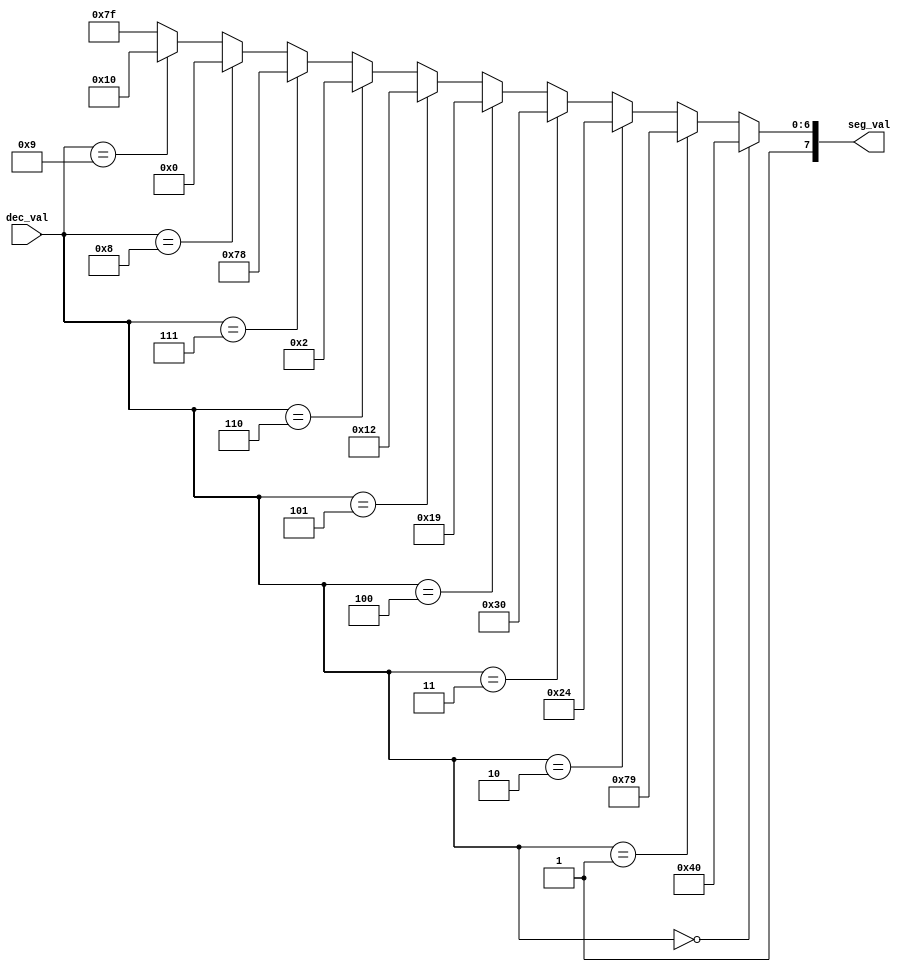
`timescale 1ns / 1ps
//////////////////////////////////////////////////////////////////////////////////
// Company: 
// Engineer: 
// 
// Design Name: 
// Module Name: convert_to_seg
// Project Name: 
// Target Devices: 
// Tool Versions: 
// Description: 
// 
// Dependencies: 
// 
// Revision:
// Revision 0.01 - File Created
// Additional Comments:
// 
//////////////////////////////////////////////////////////////////////////////////


module convert_to_seg(
   input [3:0] dec_val, 
   output [7:0] seg_val)
   ;
   
assign seg_val = (dec_val == 0) ? 192 :
                 (dec_val == 1) ? 249 :
                 (dec_val == 2) ? 164 :
                 (dec_val == 3) ? 176 :
                 (dec_val == 4) ? 153 :
                 (dec_val == 5) ? 146 :
                 (dec_val == 6) ? 130 :
                 (dec_val == 7) ? 248 :
                 (dec_val == 8) ? 128 :
                 (dec_val == 9) ? 144 :
                 255;
endmodule